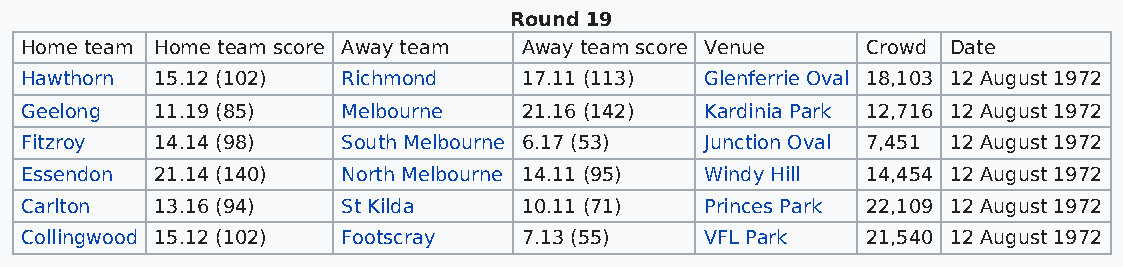
Round 19
 Home team Home team score Away team Away team score Venue Crowd Date
 Hawthorn 15.12 (102)  Richmond    17.11 (113) Glenferrie Oval 18,103 12 August 1972
 Geelong  11.19 (85)   Melbourne   21.16 (142) Kardinia Park 12,716 12 August 1972
 Fitzroy  14.14 (98)   South Melbourne 6.17 (53) Junction Oval 7,451 12 August 1972
 Essendon 21.14 (140)  North Melbourne 14.11 (95) Windy Hill 14,454 12 August 1972
 Carlton  13.16 (94)   St Kilda    10.11 (71)  Princes Park 22,109 12 August 1972
 Collingwood 15.12 (102) Footscray 7.13 (55)   VFL Park  21,540 12 August 1972